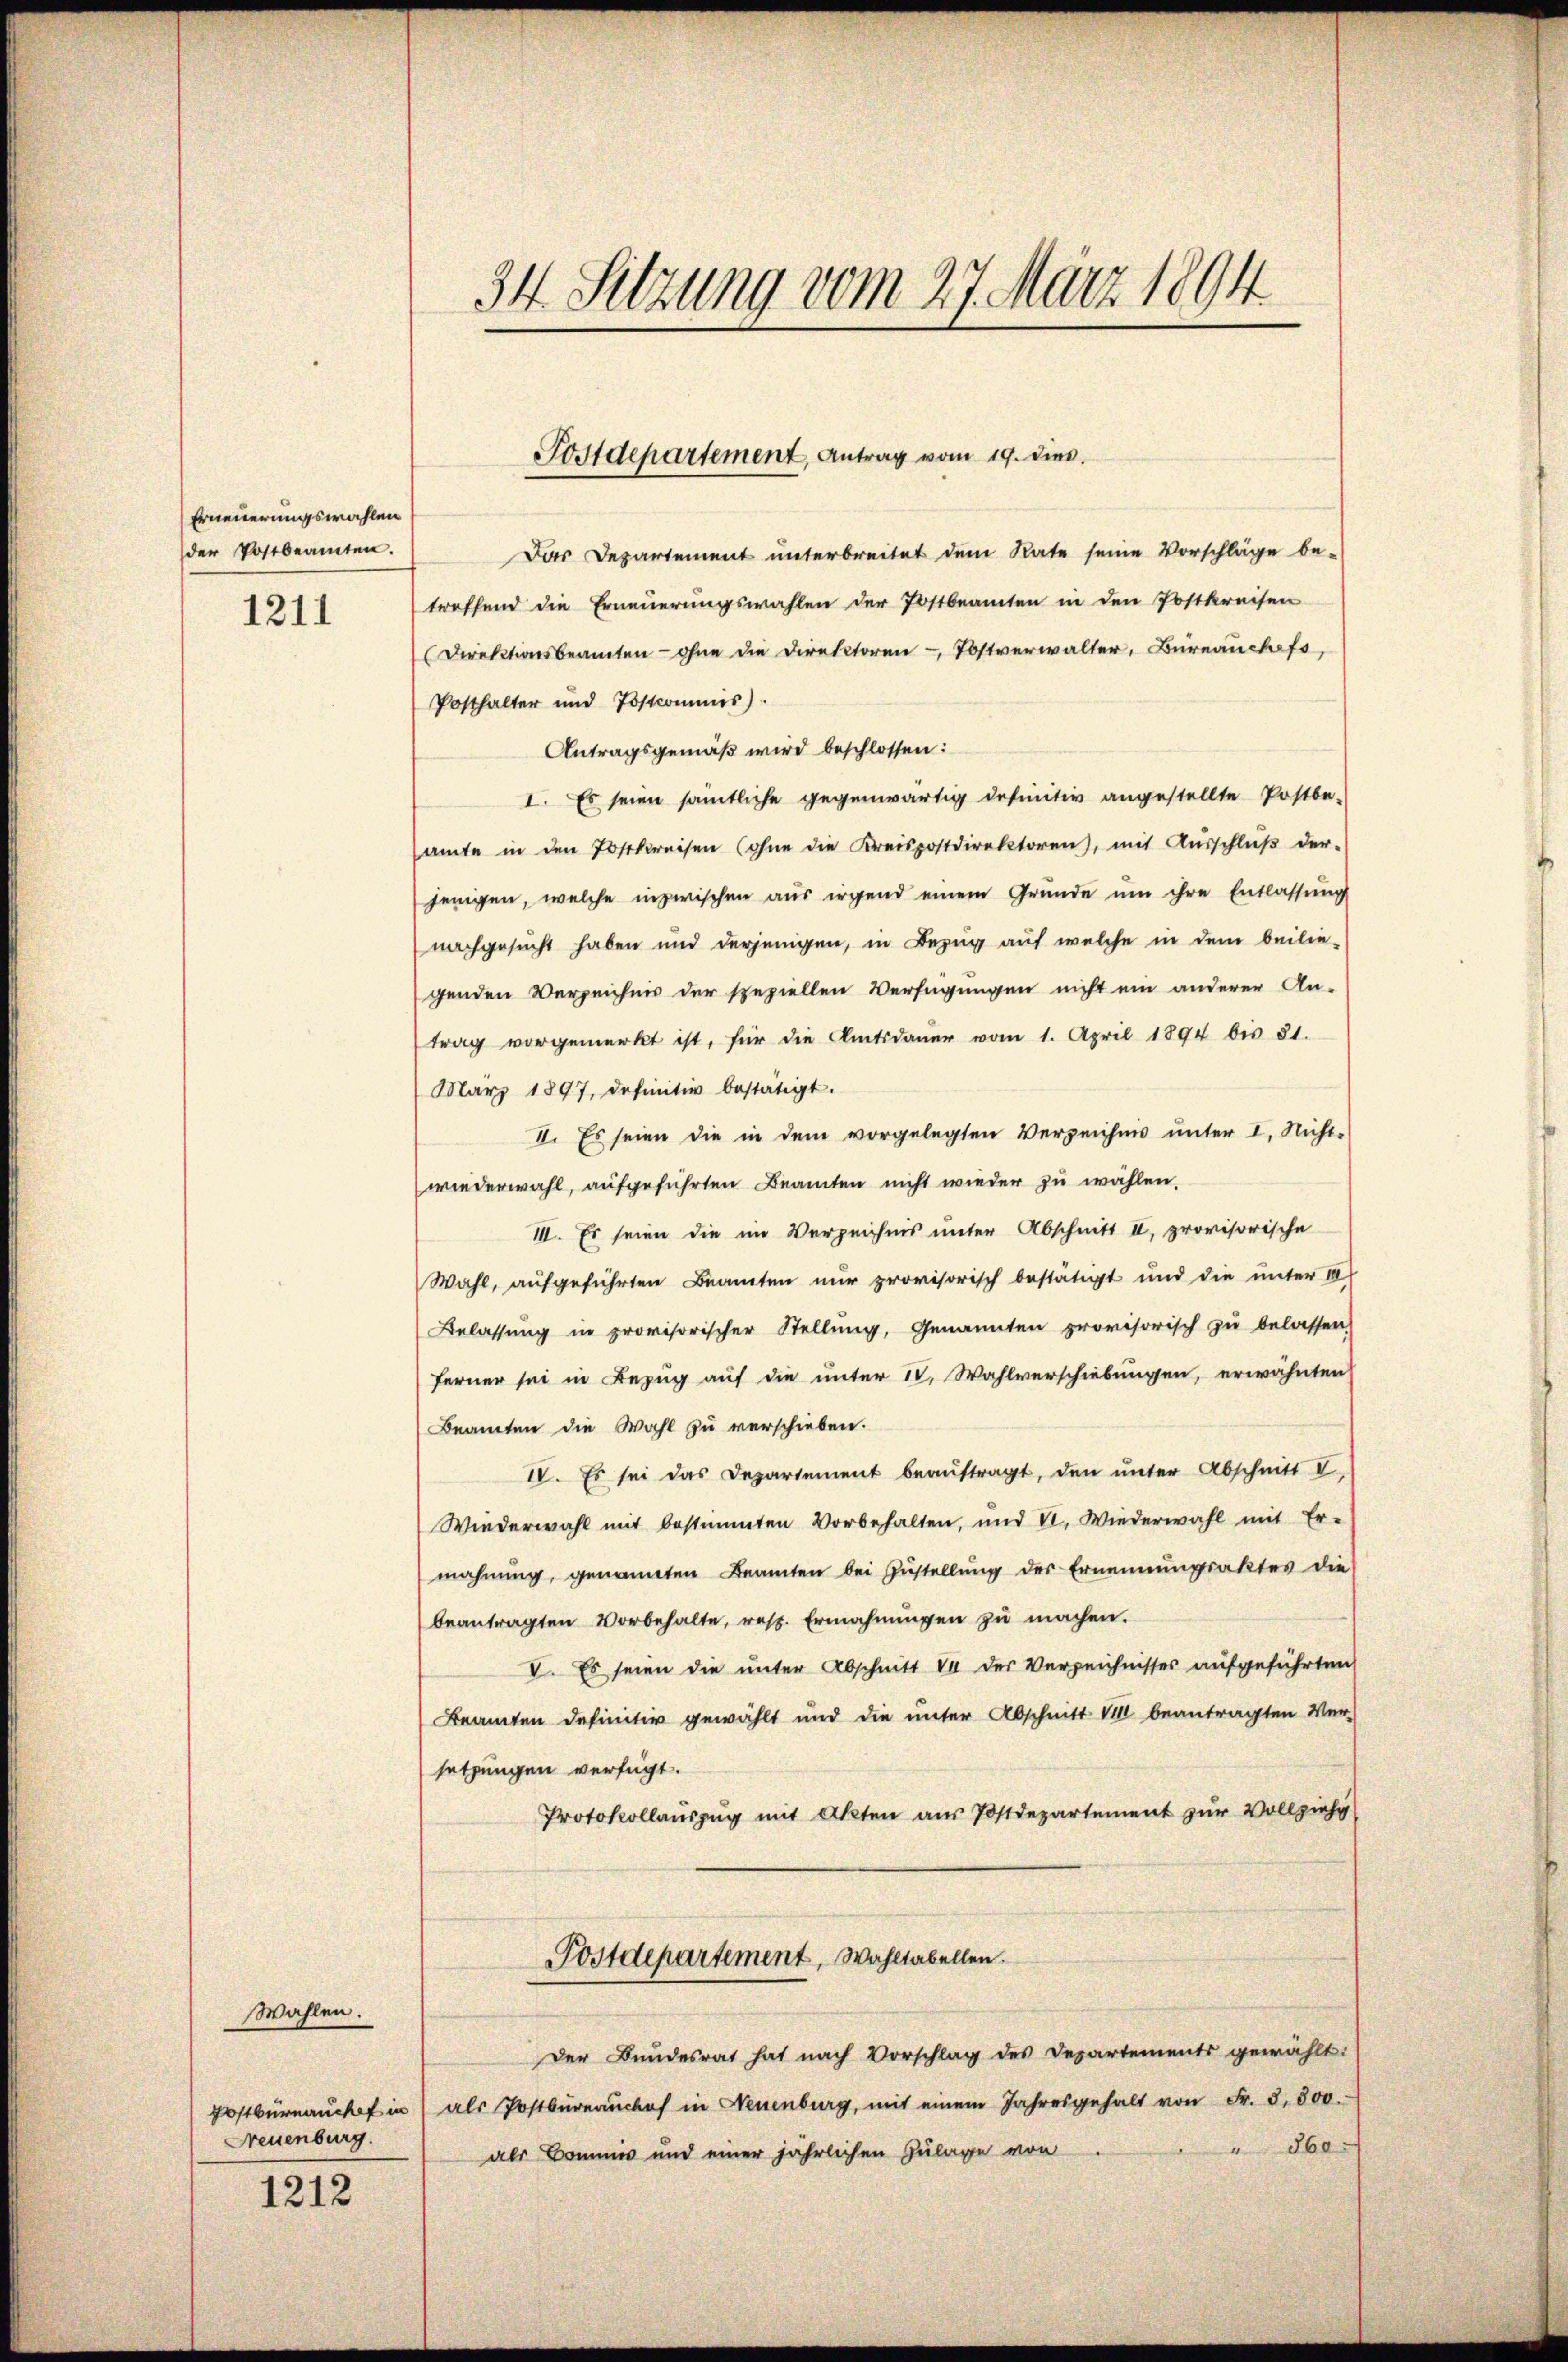
Erneuerungswahlen
der Postbeamten.
1211

Wahlen.
Postburnauch in
Neuenburg.

1212

34. Sitzung vom 27. März 1894

Das Departement unterbreitet dem Rate seine Vorschläge be-
treffend die Erneuerungswahlen der Postbeamten in den Postkreisen
(Direktionsbeamten - ohne die Direktoren Postverwalter, Bureauckafs,
Posthalter und Tostcommis).
Antragsgemäß wird beschlossen:
I. Es seien sämtliche gegenwärtig definitiv angestellte Postbe-
amte in den Postkreisen (ohne die Kreispostdirektoren, mit Ausschlŭβ der-
jenigen, welche inzwischen aus irgend einem Grunde um ihre Entlassung
nachgesucht haben und derjenigen, in Bezug auf welche in dem beilie-
genden Verzeichnis der speziellen Verfügungen nicht ein anderer An-
trag vorgemerkt ist, für die Amtsdauer vom 1. April 1894 bis 81.
März 1897, definitiv bestätigt.
II. Es seien die in dem vorgelegten Verzeichnis unter I. Nicht-
wiederwahl, aufgeführten Beamten nicht wieder zu wählen.
III. Es seien die im Verzeichnis unter Abschnitt II, provisorische
Wahl, aufgeführten Beamten nur provisorisch bestätigt und die unter III
Belassung in provisorischer Stellŭng, Genannten provisorisch zu belassen,
ferner sei in Bezug auf die unter 10, Wahlverschiebungen, erwähnten
Beamten die Wahl zu verschieben.
IV. Es sei das Departement beaŭftragt, den ŭnter Abschnitt V
Wiederwahl mit bestimmten Vorbehalten, und VI. Wiederwahl mit Er-
mahnung, genannten Beamten bei Zustellung des Ernennungsaktes die
beantragten Vorbehalte, resp. Ermahnŭngen zŭ machen.
V. Es seien die ŭnter Abschnitt V der Verzeichnisses aufgeführten
Beamten definitiv gewählt und die unter Abschnitt VIII beantragten Versetzungen verfügt.
Protokollauszug mit Akten aus Postdepartement zur Vollziehe
Postdepartement, Wahltabellen.
Der Bundesrat hat nach Vorschlag des Departements gewählt:
als Postbüreaŭchof in Neuenburg, mit einem Jahresgehalt von Fr. 8800.
 860.
als Baumes und einer jährlichen Zulage von

Postdepartement, Antrag vom 19. dies